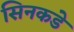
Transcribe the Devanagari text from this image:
सिनकडे